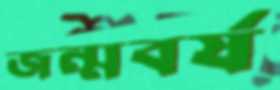
জন্মবর্ষ